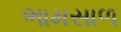
ભામસાળ